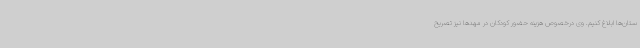
ستان‌ها ابلاغ کنیم. وی درخصوص هزینه حضور کودکان در مهدها نیز تصریح